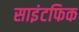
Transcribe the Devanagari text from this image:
साइंटफिक